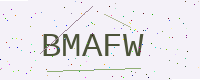
Text: BMAFW